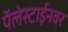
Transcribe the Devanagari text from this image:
पॅलेस्टाईनवर